Indian journal of veterinary science and animal husbandry - Volumes 18-21, 1948-1951
Year: 1948
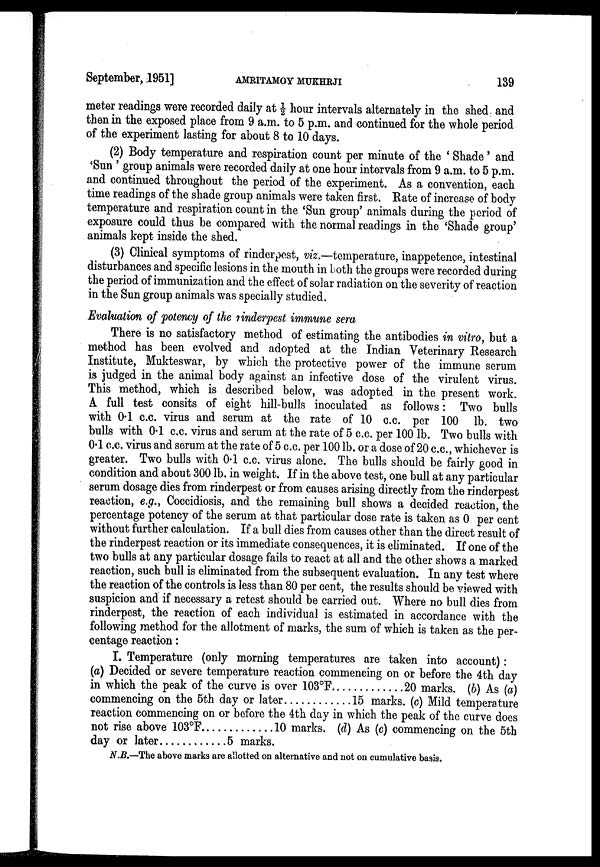
September, 1951]
AMRITAMOY
MUKHRJI
139
meter readings were recorded daily at ½ hour intervals alternately in the shed and
then in the exposed place from 9 a.m. to 5 p.m. and continued for the whole period
of the experiment lasting for about 8 to 10 days.
(2) Body temperature and respiration count per minute of the 'Shade' and
'Sun' group animals were recorded daily at one hour intervals from 9 a.m. to 5 p.m.
and continued throughout the period of the experiment. As a convention, each
time readings of the shade group animals were taken first. Rate of increase of body
temperature and respiration count in the 'Sun group' animals during the period of
exposure could thus be compared with the normal readings in the 'Shade group'
animals kept inside the shed.
(3) Clinical symptoms of rinderpest, viz.—temperature, inappetence, intestinal
disturbances and specific lesions in the mouth in both the groups were recorded during
the period of immunization and the effect of solar radiation on the severity of reaction
in the Sun group animals was specially studied.
Evaluation of potency of the rinderpest immune sera
There is no satisfactory method of estimating the antibodies in vitro, but a
method has been evolved and adopted at the Indian Veterinary Research
Institute, Mukteswar, by which the protective power of the immune serum
is judged in the animal body against an infective dose of the virulent virus.
This method, which is described below, was adopted in the present work.
A full test consits of eight hill-bulls inoculated as follows: Two bulls
with 0.1 c.c. virus and serum at the rate of 10 c.c. per 100 lb. two
bulls with 0.1 c.c. virus and serum at the rate of 5 c.c. per 100 lb. Two bulls with
0.1 c.c. virus and serum at the rate of 5 c.c. per 100 lb. or a dose of 20 c.c., whichever is
greater. Two bulls with 0.1 c.c. virus alone. The bulls should be fairly good in
condition and about 300 lb. in weight. If in the above test, one bull at any particular
serum dosage dies from rinderpest or from causes arising directly from the rinderpest
reaction, e.g., Coccidiosis, and the remaining bull shows a decided reaction, the
percentage potency of the serum at that particular dose rate is taken as 0 per cent
without further calculation. If a bull dies from causes other than the direct result of
the rinderpest reaction or its immediate consequences, it is eliminated. If one of the
two bulls at any particular dosage fails to react at all and the other shows a marked
reaction, such bull is eliminated from the subsequent evaluation. In any test where
the reaction of the controls is less than 80 per cent, the results should be viewed with
suspicion and if necessary a retest should be carried out. Where no bull dies from
rinderpest, the reaction of each individual is estimated in accordance with the
following method for the allotment of marks, the sum of which is taken as the per-
centage reaction:
I. Temperature (only morning temperatures are taken into account):
(a) Decided or severe temperature reaction commencing on or before the 4th day
in which the peak of the curve is over 103°F
20 marks. (b) As (a)
commencing on the 5th day or later
15 marks. (c) Mild temperature
reaction commencing on or before the 4th day in which the peak of the curve does
not rise above 103°F
10 marks. (d) As (c) commencing on the 5th
day or later
5 marks.
N.B.—The above marks are allotted on alternative and not on cumulative basis.